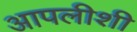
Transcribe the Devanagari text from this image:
आपलीशी